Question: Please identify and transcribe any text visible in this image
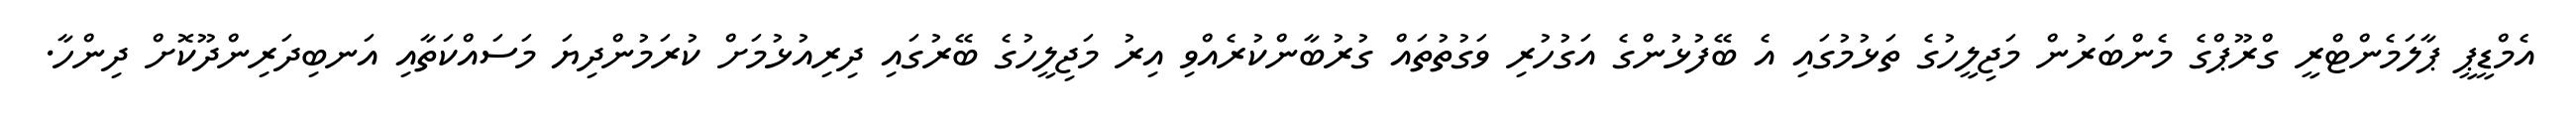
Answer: އެމްޑީޕީ ޕާލަމެންޓްރީ ގްރޫޕްގެ މެންބަރުން މަޖިލީހުގެ ތަޅުމުގައި އެ ބޭފުޅުންގެ އަގުހުރި ވަގުތުތައް ގުރުބާންކުރެއްވި އިރު މަޖިލީހުގެ ބޭރުގައި ދިރިއުޅުމަށް ކުރަމުންދިޔަ މަސައްކަތާއި އަނބިދަރިންދޫކޮށް ދިންހާ.